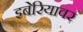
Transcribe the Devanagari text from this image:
इबेरियावर